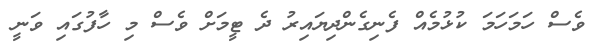
ވެސް ހަމަހަމަ ކުޅުމެއް ފެނިގެންދިޔައިރު ދެ ޓީމަށް ވެސް މި ހާފުގައި ވަނީ